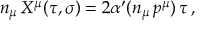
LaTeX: n _ { \mu } \, X ^ { \mu } ( \tau , \sigma ) = 2 \alpha ^ { \prime } ( n _ { \mu } \, p ^ { \mu } ) \, \tau \, ,